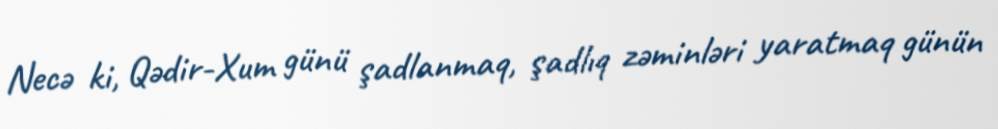
Necə ki, Qədir-Xum günü şadlanmaq, şadlıq zəminləri yaratmaq günün